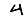
Digit: 4